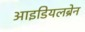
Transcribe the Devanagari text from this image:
आइडियलब्रेन